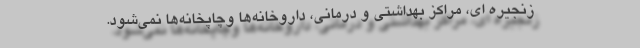
زنجیره ای، مراکز بهداشتی و درمانی، داروخانه‌ها وچاپخانه‌ها نمی‌شود.